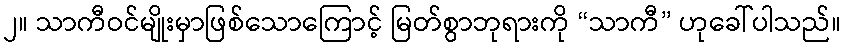
၂။ သာကီဝင်မျိုးမှာဖြစ်သောကြောင့် မြတ်စွာဘုရားကို “သာကီ” ဟုခေါ်ပါသည်။